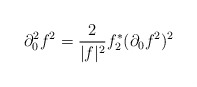
\begin{align*}\partial_0^2 f^2 = \frac{2}{|f|^2} f^*_2 (\partial_0 f^2)^2\end{align*}